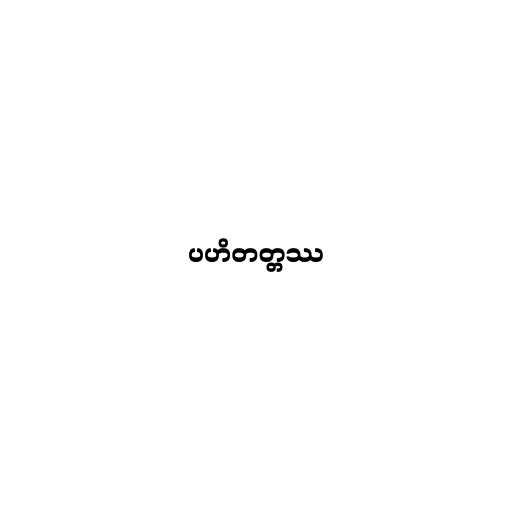
ပဟိတတ္တဿ